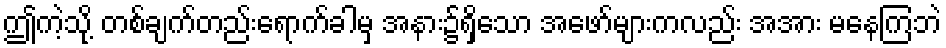
ဤကဲ့သို့ တစ်ချက်တည်းရောက်ခါမှ အနား၌ရှိသော အဖော်များကလည်း အအား မနေကြဘဲ